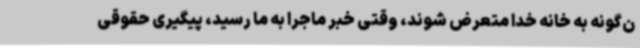
ن‌گونه به خانه خدا متعرض شوند، وقتی خبر ماجرا به ما رسید، پیگیری حقوقی